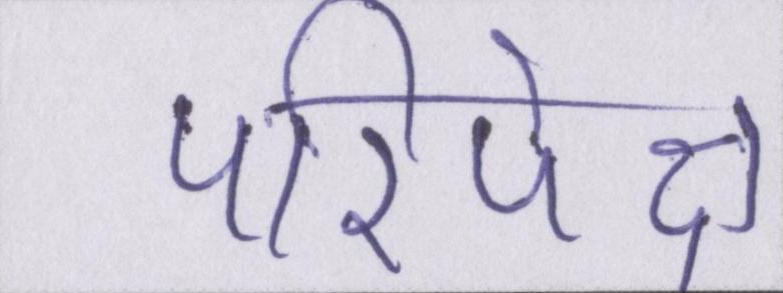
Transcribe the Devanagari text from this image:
परिपेक्ष